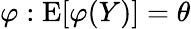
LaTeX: \varphi:\operatorname{E}[\varphi(Y)]=\theta